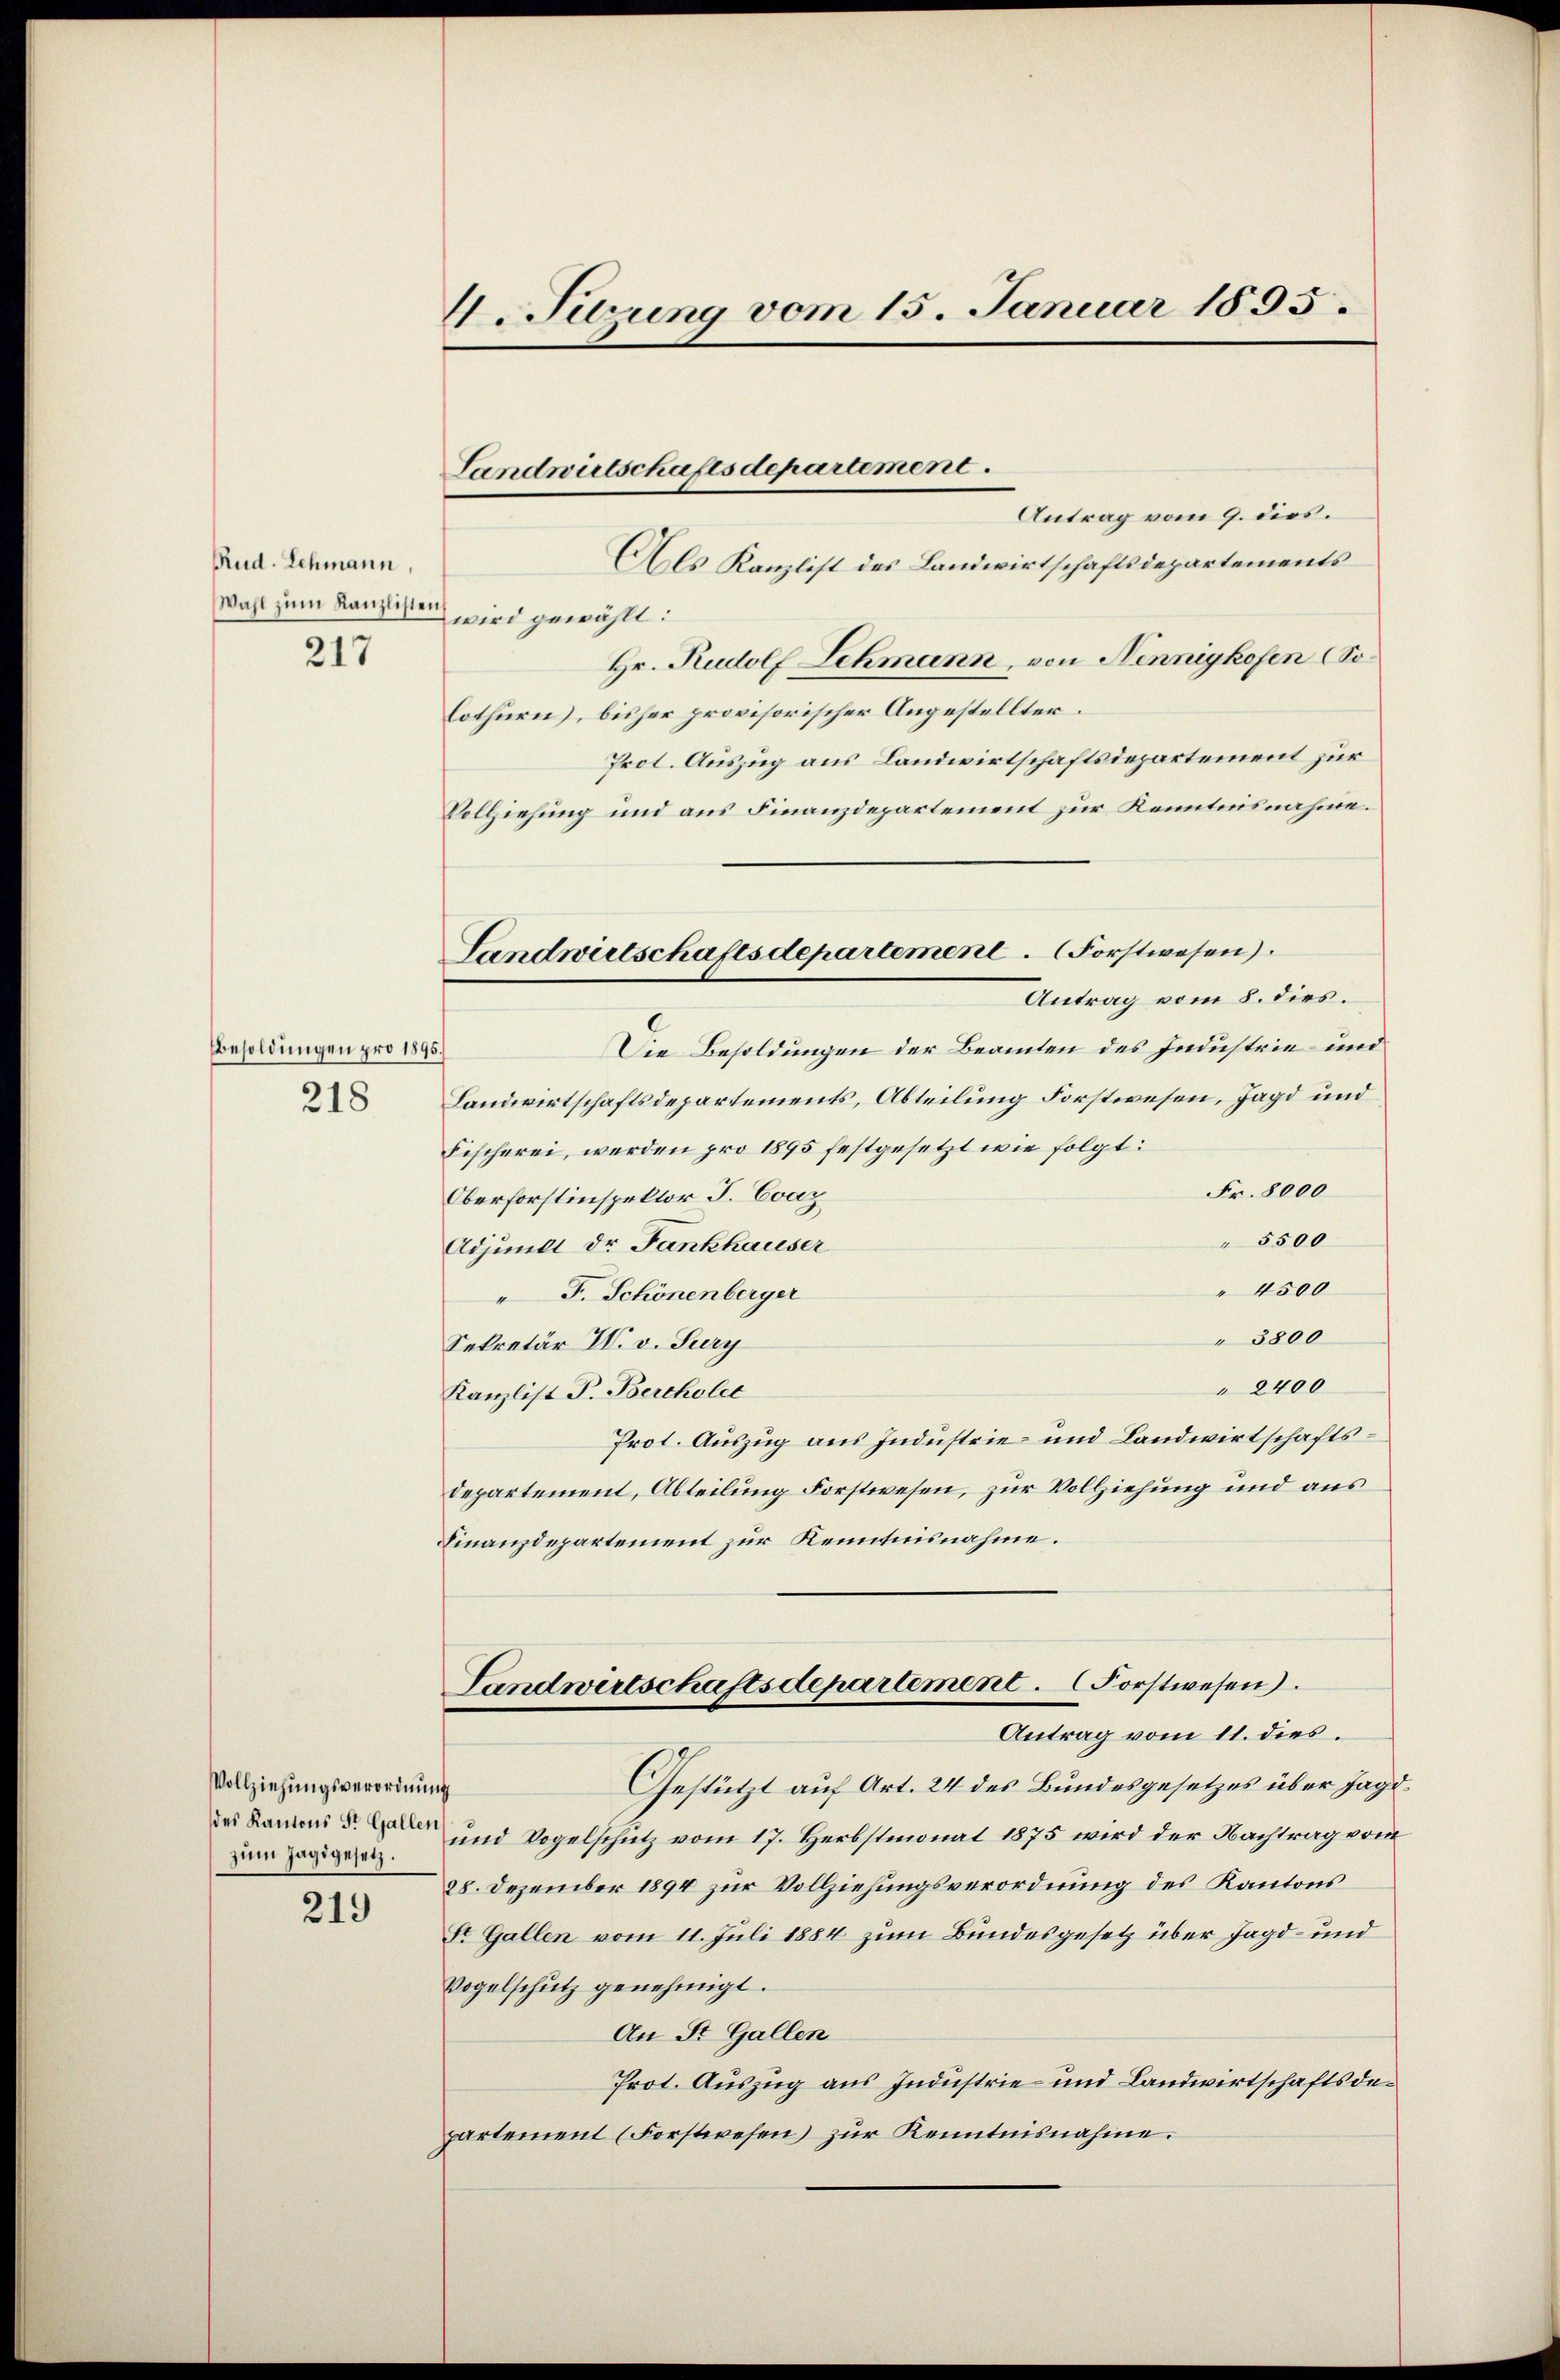
Rud. Lehmann,
Wahl zum Kanzlisteich
217

Besoldungen pro 1895.)
218

Vollziehungsverordnung
des Kantons St. Gallen,
zum Jagdgesetz.

219

V. Sedung vom 15. Januar 1895.

Antrag vom 9. dies.
Als Kanzlist des Landwirtschaftsdepartements
wird gewählt:
Hr. Rudolf Schmann, von Nennigkofen (Solothurn), bisher provisorischer Angestellter.
Prot. Auszug aus Landwirtschaftsdepartement zur
Vollziehung und aus Finanzdepartement zur Kenntnisnahme.
Die Besoldungen der Beamten des Industrie- und
Landwirtschaftsdepartements, Abteilung Forstwesen, Jagd und
Fischerei, werden pro 1895 festgesetzt wie folgt:
Fr. 8000
Oberforstinspektor J. Evaz
" 5500
Adjunct Dr. Fankhauser
" 4500
F. Schönenberger
 3800
Sekretär H. v. Jury
" 2400
Kanzlist P. Bercholet
Prot. Auszug aus Industrie- und Landwirtschafts¬
Departement, Abteilung Forstwesen, zur Vollziehung und aus
Finanzdepartement zur Kenntnisnahme.
Landwirtschaftsdepartement. Forstwesen.
Antrag vom 11. dies
Gestützt auf Art. 24 des Bundesgesetzes über Jagd¬
und Vogelschutz vom 17. Herbstmonat 1875 wird der Nachtrag vom
28. Dezember 1894 zur Vollziehungsverordnung des Kantons
St. Gallen vom 11. Juli 1884 zum Bundesgesetz über Jagd- und
Vogelschutz genehmigt.
An St. Gallen
Prot. Auszug aus Industrie- und Landwirtschaftsdepartement (Forstwesen) zŭr Kenntnisnahme.

Landwirtschaftsdepartement.

Landwirtschaftsdepartemene. (Forstwesen).
Antrag vom 8. dies.